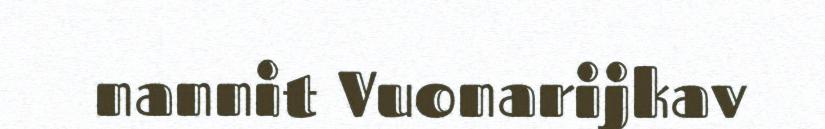
nannit Vuonarijkav